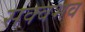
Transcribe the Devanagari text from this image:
सक्वभव